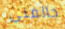
حالفني